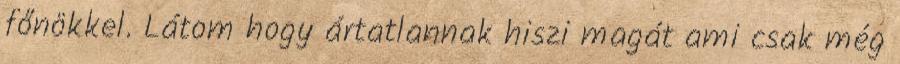
főnökkel. Látom hogy ártatlannak hiszi magát ami csak még